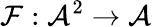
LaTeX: \mathcal{F}:{\mathcal{{A}}}^{2}\rightarrow{\mathcal{{A}}}